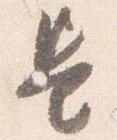
是